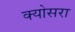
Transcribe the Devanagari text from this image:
क्योसरा